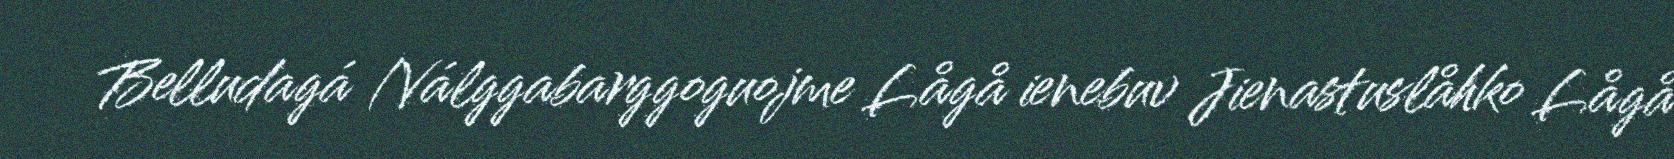
Belludagá /Válggabarggoguojme Lågå ienebuv Jienastuslåhko Lågå